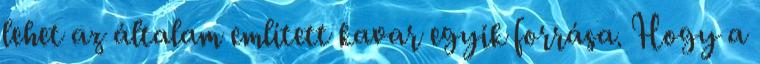
lehet az általam említett kavar egyik forrása. Hogy a